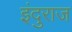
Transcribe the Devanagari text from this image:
इंदुराज